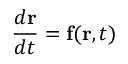
{ \frac { d \mathbf { r } } { d t } } = \mathbf { f } ( \mathbf { r } , t )